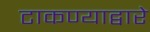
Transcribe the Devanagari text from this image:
टाकण्याद्वारे